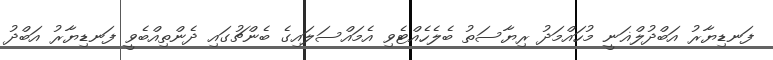
ފަނޑިޔާރު އަބްދުލްޣަނީ މުހައްމަދު ރިޔާސަތު ބެލެހެއްޓެވި އެމައްސަލައިގެ ބެންޗުގައި ދެންތިއްބެވީ ފަނޑިޔާރު އަބްދު